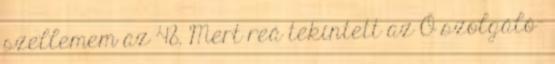
szellemem az 48. Mert reá tekintett az Ő szolgáló−